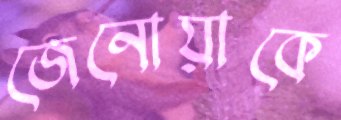
জেনোয়াকে